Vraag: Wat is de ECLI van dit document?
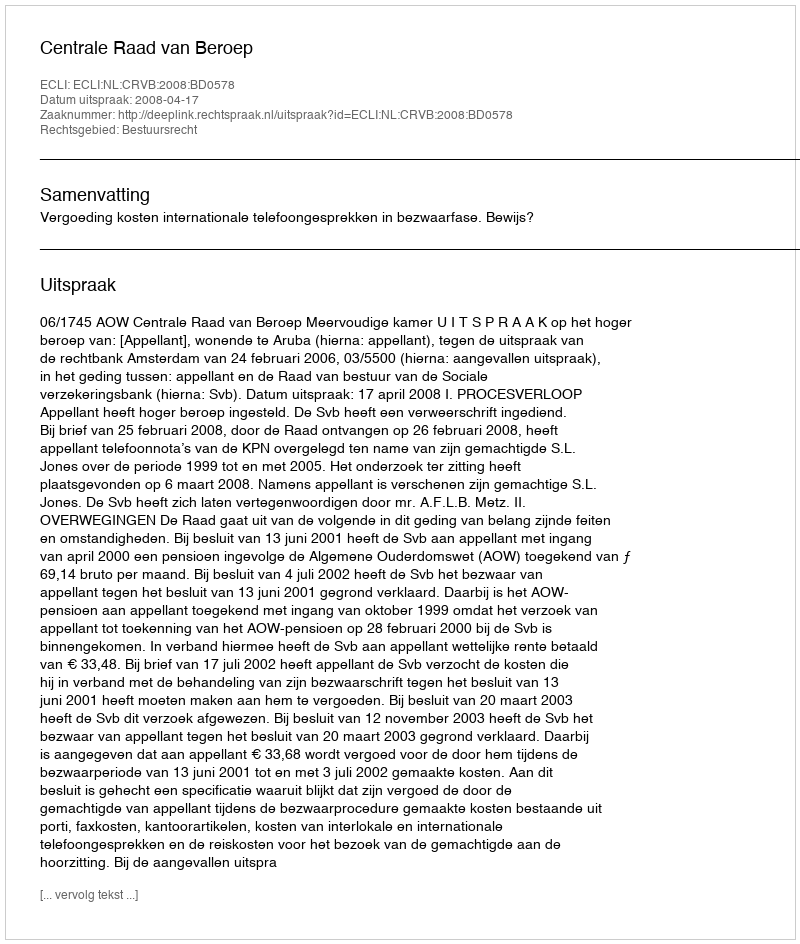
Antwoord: ECLI:NL:CRVB:2008:BD0578